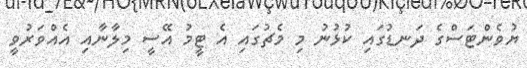
ޔުވެންޓަސްގެ ދަނޑުގައި ކުޅުނު މި މެޗުގައި އެ ޓީމު އޭސީ މިލާނާއި އެއްވަަރުވީ